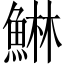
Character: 𱆴